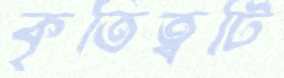
কৃতিত্বটি